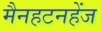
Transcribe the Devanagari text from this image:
मैनहटनहेंज